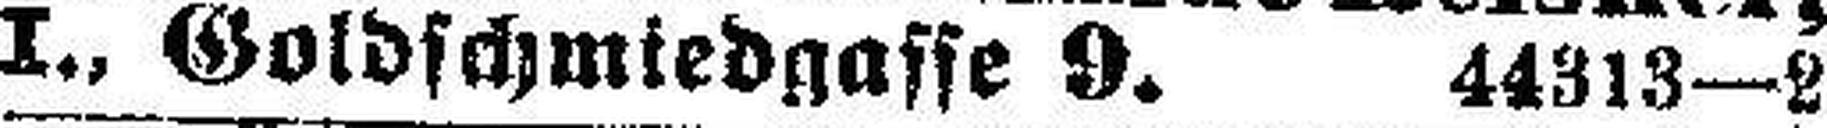
I., Goldschmiedgasse 9. 44313—2